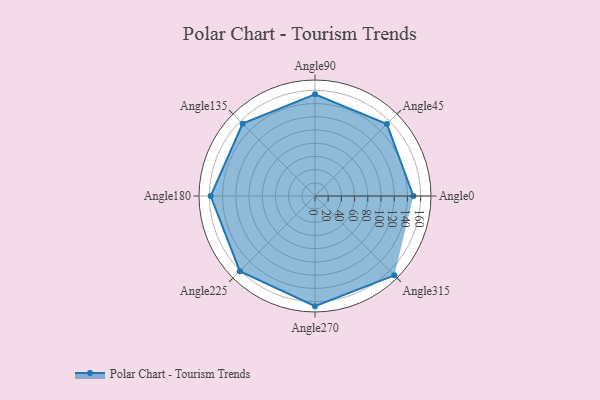
{"axis": {"x": "Angle", "y": "Radius"}, "legend": [""], "data": [{"x": "Angle0", "y": 149.0, "type": ""}, {"x": "Angle45", "y": 154.0, "type": ""}, {"x": "Angle90", "y": 154.0, "type": ""}, {"x": "Angle135", "y": 155.0, "type": ""}, {"x": "Angle180", "y": 158.0, "type": ""}, {"x": "Angle225", "y": 161.0, "type": ""}, {"x": "Angle270", "y": 167.0, "type": ""}, {"x": "Angle315", "y": 170, "type": ""}]}